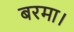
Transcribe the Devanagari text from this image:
बरमा।